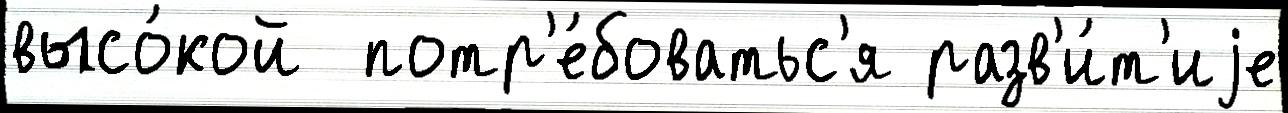
высо́кой  потр'е́боватьс'я разв'и́т'иjе